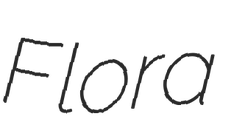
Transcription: Flora